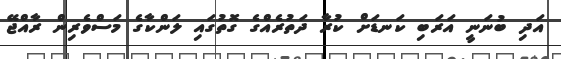
އަަދި ބުނަނީ އަރަބި ކަނޑަށް ކުރާ ދަތުރެެއްގެ ގޮތުގައި ލަންކާގެ މަސްވެރިން ރާއްޖޭ